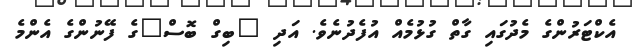
އެކްޓަރުންގެ މެދުގައި ގާތް ގުޅުމެއް އުފެދުނެވެ. އަދި "ބިގް ބޮސް"ގެ ފޭނުންގެ އެންމެ